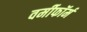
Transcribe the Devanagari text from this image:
वर्मीफॉर्म